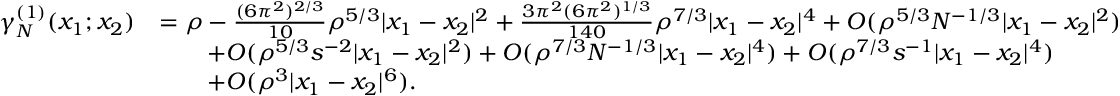
\begin{array} { r l } { \gamma _ { N } ^ { ( 1 ) } ( x _ { 1 } ; x _ { 2 } ) } & { = \rho - \frac { ( 6 \pi ^ { 2 } ) ^ { 2 / 3 } } { 1 0 } \rho ^ { 5 / 3 } | x _ { 1 } - x _ { 2 } | ^ { 2 } + \frac { 3 \pi ^ { 2 } ( 6 \pi ^ { 2 } ) ^ { 1 / 3 } } { 1 4 0 } \rho ^ { 7 / 3 } | x _ { 1 } - x _ { 2 } | ^ { 4 } + O ( \rho ^ { 5 / 3 } N ^ { - 1 / 3 } | x _ { 1 } - x _ { 2 } | ^ { 2 } ) } \\ & { \qquad + O ( \rho ^ { 5 / 3 } s ^ { - 2 } | x _ { 1 } - x _ { 2 } | ^ { 2 } ) + O ( \rho ^ { 7 / 3 } N ^ { - 1 / 3 } | x _ { 1 } - x _ { 2 } | ^ { 4 } ) + O ( \rho ^ { 7 / 3 } s ^ { - 1 } | x _ { 1 } - x _ { 2 } | ^ { 4 } ) } \\ & { \qquad + O ( \rho ^ { 3 } | x _ { 1 } - x _ { 2 } | ^ { 6 } ) . } \end{array}